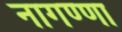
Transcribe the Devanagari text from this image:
नागण्णा